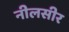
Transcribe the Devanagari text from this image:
नीलसीर